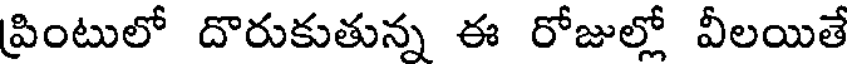
ప్రింటులో దొరుకుతున్న ఈ రోజుల్లో వీలయితే